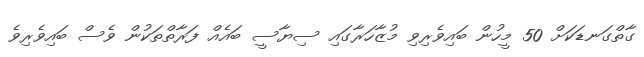
ގާތްގަނޑަކަށް 50 މީހުން ބައިވެރިވި މުޒާހަރާގައި ސިޔާސީ ބައެއް ފަރާތްތަކުން ވެސް ބައިވެރިވެ